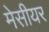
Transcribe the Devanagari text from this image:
मेसीयर